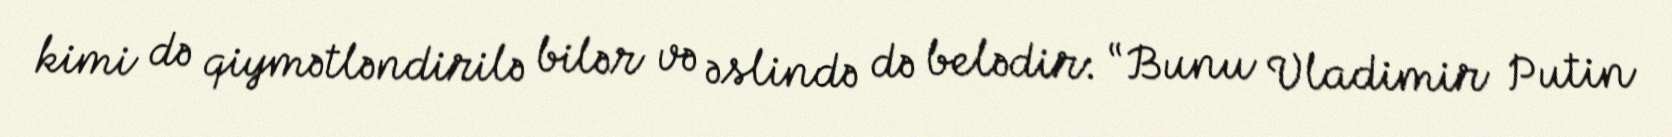
kimi də qiymətləndirilə bilər və əslində də belədir: “Bunu Vladimir Putin